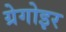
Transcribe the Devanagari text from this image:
ग्रेगोइर